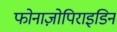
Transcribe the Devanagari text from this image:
फोनाज़ोपिराइडिन